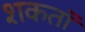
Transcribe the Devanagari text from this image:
शकतॉ